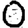
Digit: 0